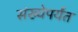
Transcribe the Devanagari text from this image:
संख्येपर्यंत